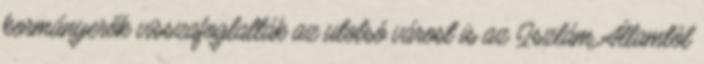
kormányerők visszafoglalták az utolsó várost is az Iszlám Államtól